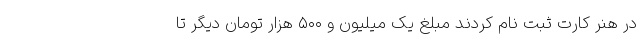
در هنر کارت ثبت نام کردند مبلغ یک میلیون و ۵۰۰ هزار تومان دیگر تا